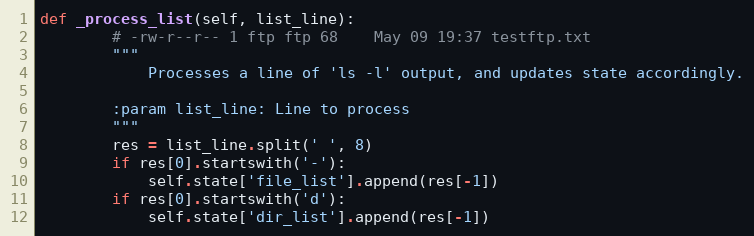
Language: Python
def _process_list(self, list_line):
        # -rw-r--r-- 1 ftp ftp 68	 May 09 19:37 testftp.txt
        """
            Processes a line of 'ls -l' output, and updates state accordingly.

        :param list_line: Line to process
        """
        res = list_line.split(' ', 8)
        if res[0].startswith('-'):
            self.state['file_list'].append(res[-1])
        if res[0].startswith('d'):
            self.state['dir_list'].append(res[-1])